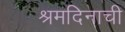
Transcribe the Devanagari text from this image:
श्रमदिनाची